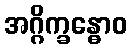
အဂ္ဂိက္ခန္ဓောဝ